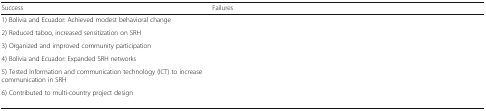
<table><thead><tr><td><b>Success</b></td><td><b>Failures</b></td></tr></thead><tbody><tr><td>1) Bolivia and Ecuador: Achieved modest behavioral change</td><td>[EMPTY_CELL]</td></tr><tr><td>2) Reduced taboo, increased sensitization on SRH</td><td>[EMPTY_CELL]</td></tr><tr><td>3) Organized and improved community participation</td><td>[EMPTY_CELL]</td></tr><tr><td>4) Bolivia and Ecuador: Expanded SRH networks</td><td>[EMPTY_CELL]</td></tr><tr><td>5) Tested Information and communication technology (ICT) to increase communication in SRH</td><td>[EMPTY_CELL]</td></tr><tr><td>6) Contributed to multi-country project design</td><td>[EMPTY_CELL]</td></tr></tbody></table>